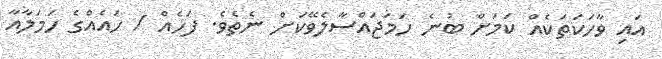
އައި ވާހަކަތަކެއް ކަމަށް ބުނެ ހަމަޖައްސާލެވޭކަށް ނެތެވެ. ފަހެއް / ހައެއްގެ ހަމަލާއާ